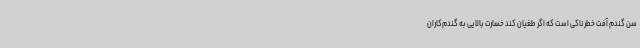
سن گندم آفت خطرناکی است که اگر طغیان کند خسارت بالایی به گندم‌کاران